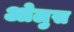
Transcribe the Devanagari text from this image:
ओलुस